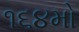
૧૬૪મો